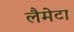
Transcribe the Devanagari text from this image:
लैमेटा